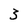
Character: 3